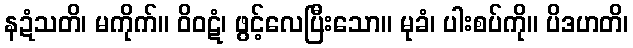
နဍံသတိ၊ မကိုက်။ ဝိဝဋံ၊ ဖွင့်လေပြီးသော။ မုခံ၊ ပါးစပ်ကို။ ပိဒဟတိ၊